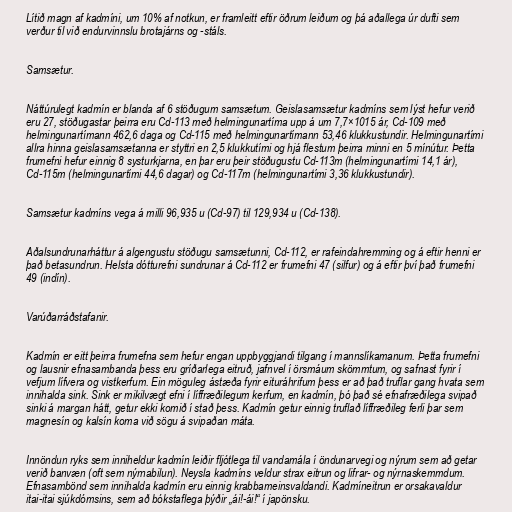
Lítið magn af kadmíni, um 10% af notkun, er framleitt eftir öðrum leiðum og þá aðallega úr dufti sem
verður til við endurvinnslu brotajárns og -stáls.

Samsætur.

Náttúrulegt kadmín er blanda af 6 stöðugum samsætum. Geislasamsætur kadmíns sem lýst hefur verið
eru 27, stöðugastar þeirra eru Cd-113 með helmingunartíma upp á um 7,7×1015 ár, Cd-109 með
helmingunartímann 462,6 daga og Cd-115 með helmingunartímann 53,46 klukkustundir. Helmingunartími
allra hinna geislasamsætanna er styttri en 2,5 klukkutími og hjá flestum þeirra minni en 5 mínútur. Þetta
frumefni hefur einnig 8 systurkjarna, en þar eru þeir stöðugustu Cd-113m (helmingunartími 14,1 ár),
Cd-115m (helmingunartími 44,6 dagar) og Cd-117m (helmingunartími 3,36 klukkustundir).

Samsætur kadmíns vega á milli 96,935 u (Cd-97) til 129,934 u (Cd-138).

Aðalsundrunarháttur á algengustu stöðugu samsætunni, Cd-112, er rafeindahremming og á eftir henni er
það betasundrun. Helsta dótturefni sundrunar á Cd-112 er frumefni 47 (silfur) og á eftir því það frumefni
49 (indín).

Varúðarráðstafanir.

Kadmín er eitt þeirra frumefna sem hefur engan uppbyggjandi tilgang í mannslíkamanum. Þetta frumefni
og lausnir efnasambanda þess eru gríðarlega eitruð, jafnvel í örsmáum skömmtum, og safnast fyrir í
vefjum lífvera og vistkerfum. Ein möguleg ástæða fyrir eituráhrifum þess er að það truflar gang hvata sem
innihalda sink. Sink er mikilvægt efni í líffræðilegum kerfum, en kadmín, þó það sé efnafræðilega svipað
sinki á margan hátt, getur ekki komið í stað þess. Kadmín getur einnig truflað líffræðileg ferli þar sem
magnesín og kalsín koma við sögu á svipaðan máta.

Innöndun ryks sem inniheldur kadmín leiðir fljótlega til vandamála í öndunarvegi og nýrum sem að getar
verið banvæn (oft sem nýrnabilun). Neysla kadmíns veldur strax eitrun og lifrar- og nýrnaskemmdum.
Efnasambönd sem innihalda kadmín eru einnig krabbameinsvaldandi. Kadmíneitrun er orsakavaldur
itai-itai sjúkdómsins, sem að bókstaflega þýðir „ái!-ái!“ í japönsku.